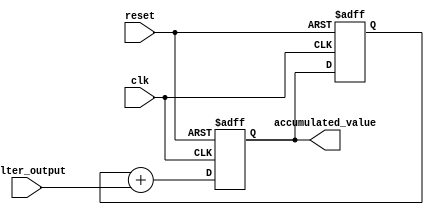
module accumulator(
    input wire clk,
    input wire reset,
    input wire [DATA_WIDTH-1:0] filter_output,
    output reg [DATA_WIDTH-1:0] accumulated_value
);

parameter DATA_WIDTH = 8; // Define the data width of the accumulator

reg [DATA_WIDTH-1:0] prev_accumulated_value;

always @(posedge clk or posedge reset) begin
    if (reset) begin
        accumulated_value <= 0;
        prev_accumulated_value <= 0;
    end
    else begin
        accumulated_value <= prev_accumulated_value + filter_output;
        prev_accumulated_value <= accumulated_value;
    end
end

endmodule